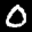
Label: 0